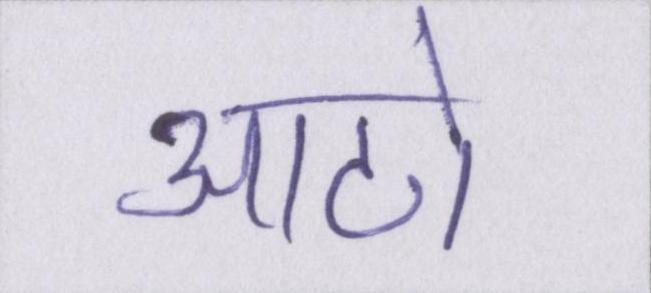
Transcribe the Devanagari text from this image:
आठो